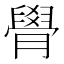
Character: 䑁